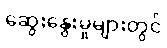
ဆွေးနွေးမှုများတွင်